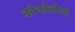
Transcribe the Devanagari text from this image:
कोकोबोलो